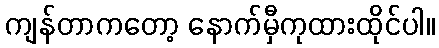
ကျန်တာကတော့ နောက်မှီကုထားထိုင်ပါ။